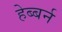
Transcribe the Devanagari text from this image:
हेब्बर्न